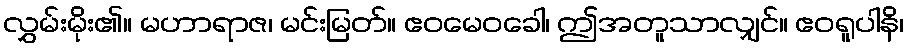
လွှမ်းမိုး၏။ မဟာရာဇ၊ မင်းမြတ်။ ဧဝမေဝခေါ၊ ဤအတူသာလျှင်။ ဧဝရူပါနိ၊